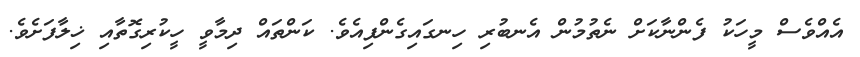
އެއްވެސް މީހަކު ފެންނާކަށް ނެތުމުން އެނބުރި ހިނގައިގެންފިއެވެ. ކަންތައް ދިމާވީ ހީކުރިގޮތާއި ޚިލާފަށެވެ.